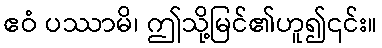
ဧဝံ ပဿာမိ၊ ဤသို့မြင်၏ဟူ၍၎င်း။